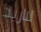
لااريد